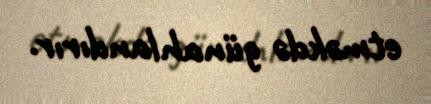
etməkdə günahlandırır.